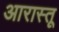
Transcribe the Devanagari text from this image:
आरास्तू